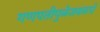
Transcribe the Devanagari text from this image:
गणपतीपुळेजवळचे